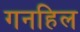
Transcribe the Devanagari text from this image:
गनहिल